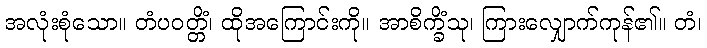
အလုံးစုံသော။ တံပဝတ္တိံ၊ ထိုအကြောင်းကို။ အာစိက္ခိံသု၊ ကြားလျှောက်ကုန်၏။ တံ၊